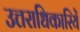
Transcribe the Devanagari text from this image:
उत्तराधिकारियें